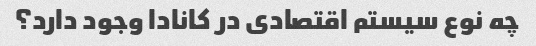
چه نوع سیستم اقتصادی در کانادا وجود دارد؟